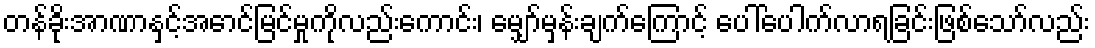
တန်ခိုးအာဏာနှင့်အောင်မြင်မှုကိုလည်းကောင်း၊ မျှော်မှန်းချက်ကြောင့် ပေါ်ပေါက်လာရခြင်းဖြစ်သော်လည်း